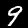
Label: 9